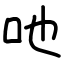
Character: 吔